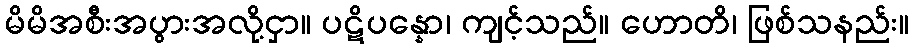
မိမိအစီးအပွားအလို့ငှာ။ ပဋိပန္နော၊ ကျင့်သည်။ ဟောတိ၊ ဖြစ်သနည်း။